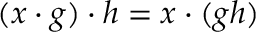
( x \cdot g ) \cdot h = x \cdot ( g h )